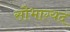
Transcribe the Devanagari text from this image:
सौभाग्यदं